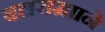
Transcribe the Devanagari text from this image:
बलरामााने